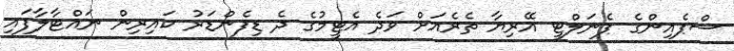
ސްޕެއިންގެ ޕެނަލްޓީ އޭރިޔާ ތެރެއަށް ވަދެ އެޓީމުގެ ދެ ޑިފެންޑަރު ކައިރިން ނައްޓާލާފައި